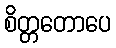
စိတ္တတောပေ